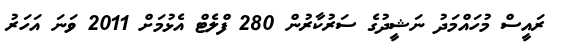
ރައީސް މުހައްމަދު ނަޝީދުގެ ސަރުކާރުން 280 ފްލެޓް އެޅުމަށް 2011 ވަނަ އަހަރު